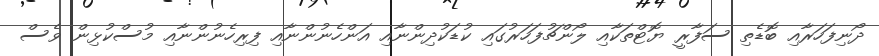
ދޯނިފަހަރާއި ބޮޑެތި ސަފާރީ ޔޮޓްތަކާއި ލޯންޗުފަހަރުގައި ކުޑަކުދިންނާއި އަންހެނުންނާއި ފިރިހެނުންނާއި މުސްކުޅިން ވެސް